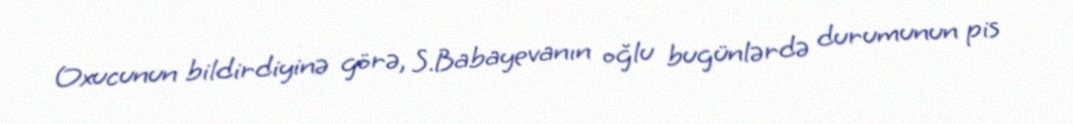
Oxucunun bildirdiyinə görə, S.Babayevanın oğlu bugünlərdə durumunun pis